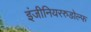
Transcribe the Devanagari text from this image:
इंजीनियररुडोल्फ